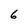
Character: 6